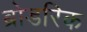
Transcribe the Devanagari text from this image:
ब्रोडरिक